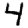
Digit: 4